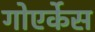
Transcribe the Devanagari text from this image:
गोएर्केस